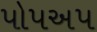
પોપઅપ